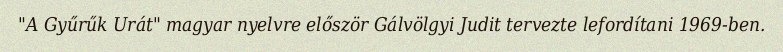
"A Gyűrűk Urát" magyar nyelvre először Gálvölgyi Judit tervezte lefordítani 1969-ben.